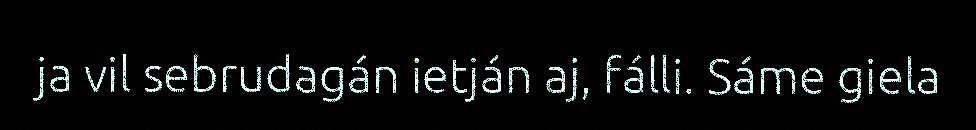
ja vil sebrudagán ietján aj, fálli. Sáme giela